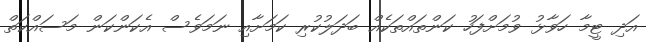
އަދި ޓީމާ ހަވާޅު ވުމަށްފަހު ކަންތައްތަކެއް ބަދަލުކުރި ކަމަށާއި ނަމަވެސް އެކަންކަން މަސައްކަތް